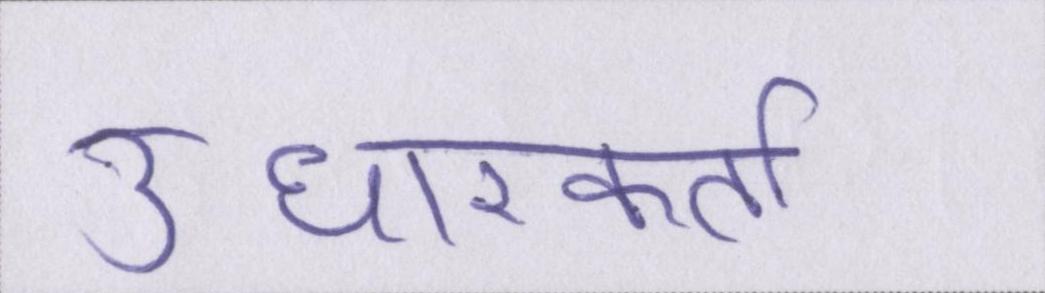
उधारकर्ता